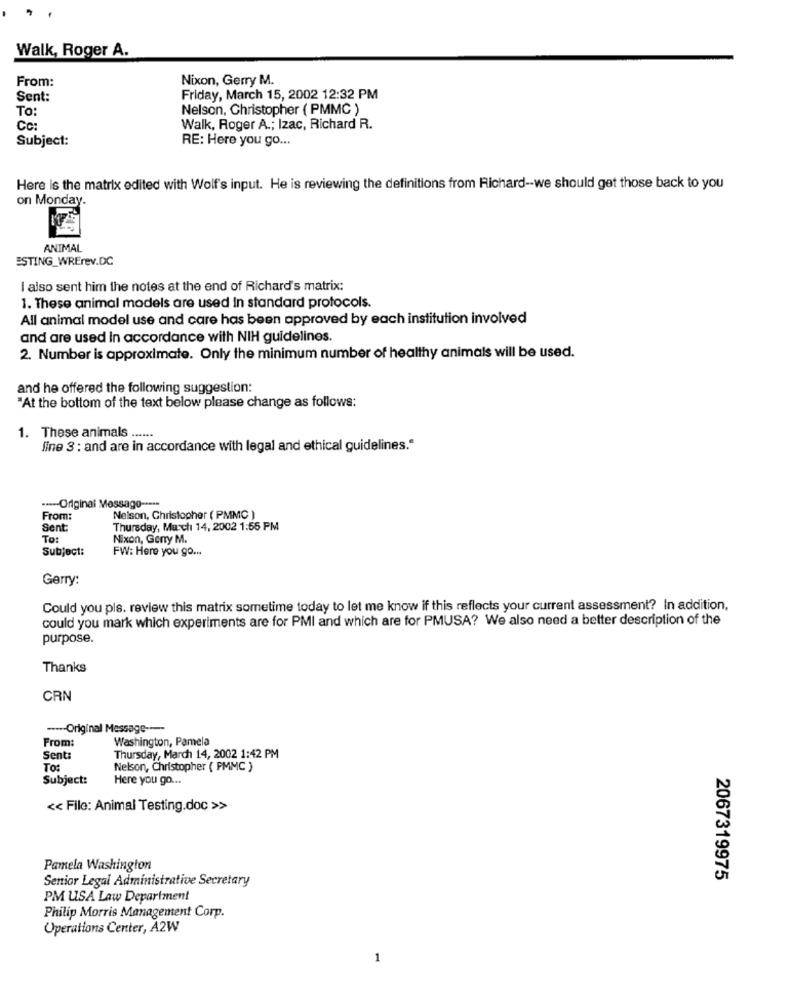
Walk, Roger A.
From:
Nixon, Gerry M.
Sent:
Friday, March 15, 2002 12:32 PM
To:
Nelson, Christopher ( PMMC )
Cc:
Walk, Roger A .; Izac, Richard R.
Subject:
RE: Here you go ...
Here is the matrix edited with Wolf's input. He is reviewing the definitions from Richard -- we should get those back to you
on Monday.
ANIMAL
ESTING_WRErev.DC
I also sent him the notes at the end of Richard's matrix:
1. These animal models are used in standard protocols.
All animal model use and care has been approved by each institution involved
and are used In accordance with NIH guidelines.
2. Number is approximate. Only the minimum number of healthy animals will be used.
and he offered the following suggestion:
"At the bottom of the text below please change as follows:
1. These animals ......
line 3 : and are in accordance with legal and ethical guidelines."
----- Original Message -····
From:
Nelson, Christopher ( PMMC )
Sent:
Thursday, March 14, 2002 1:55 PM
To:
Nixon, Geny M.
Subject:
FW: Here you go ...
Gerry:
Could you pls. review this matrix sometime today to let me know if this reflects your current assessment? In addition,
could you mark which experiments are for PMI and which are for PMUSA? We also need a better description of the
purpose.
Thanks
CRN
---- Original Message ---
Washington, Pamela
From:
Sent:
Thursday, March 14, 2002 1:42 PM
To:
Nelson, Christopher ( PMMC )
Subject:
Here you go ...
<< File: Animal Testing.doc >>
Pamela Washington
Senior Legal Administrative Secretary
2067319975
PM USA Law Department
Philip Morris Management Corp.
Operations Center, A2W
1